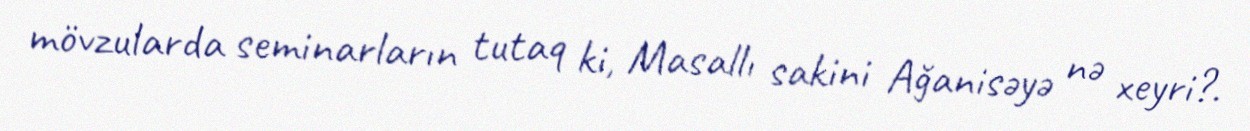
mövzularda seminarların tutaq ki, Masallı sakini Ağanisəyə nə xeyri?.